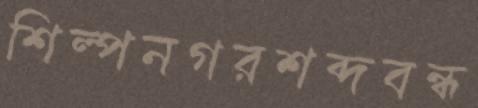
শিল্পনগরশব্দবন্ধ